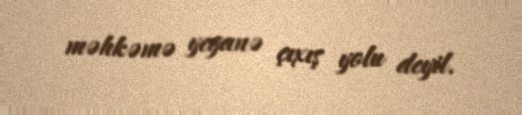
məhkəmə yeganə çıxış yolu deyil.